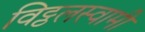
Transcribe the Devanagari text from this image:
विट्ठलस्वामी